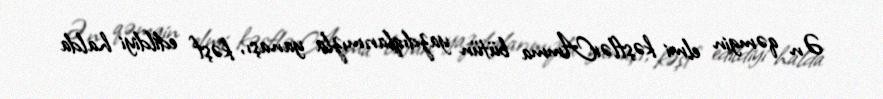
Ən qəmgin elmi kəşflərAmma bütün yazdıqlarımızla yanaşı, kəşf edildiyi halda